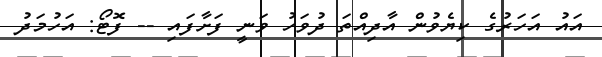
އައު އަހަރުގެ ކިޔެވުން އާދިއްތަ ދުވަހު ވަނީ ފަށާފައި -- ފޮޓޯ: އަހުމަދު